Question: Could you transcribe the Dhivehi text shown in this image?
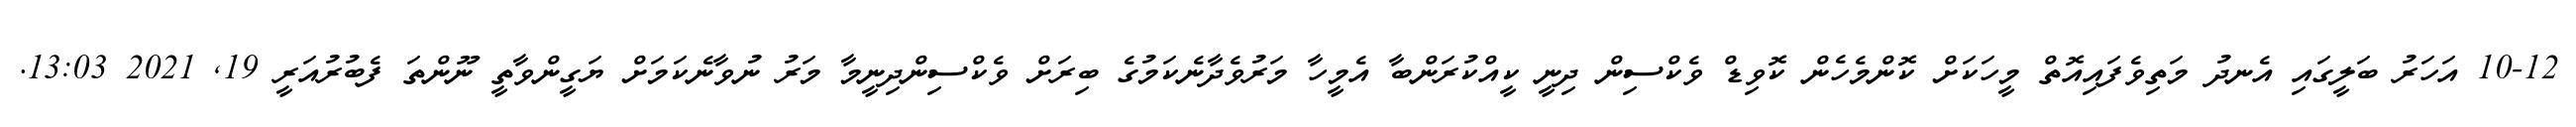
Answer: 10-12 އަހަރު ބަލީގައި އެނދު މަތިވެފައިއޮތް މީހަކަށް ކޮންމެހެން ކޮވިޑް ވެކްސިން ދިނީ ކީއްކުރަންބާ އެމީހާ މަރުވެދާނެކަމުގެ ބިރަށް ވެކްސިންދިނީމާ މަރު ނުވާނެކަމަށް ޔަގީންވާތީ ނޫންތަ ފެބުރުއަރީ 19, 2021 13:03.